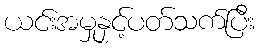
ယင်းအမှုနှင့်ပတ်သက်ပြီး